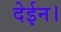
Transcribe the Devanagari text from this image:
देईन।